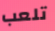
تلعب